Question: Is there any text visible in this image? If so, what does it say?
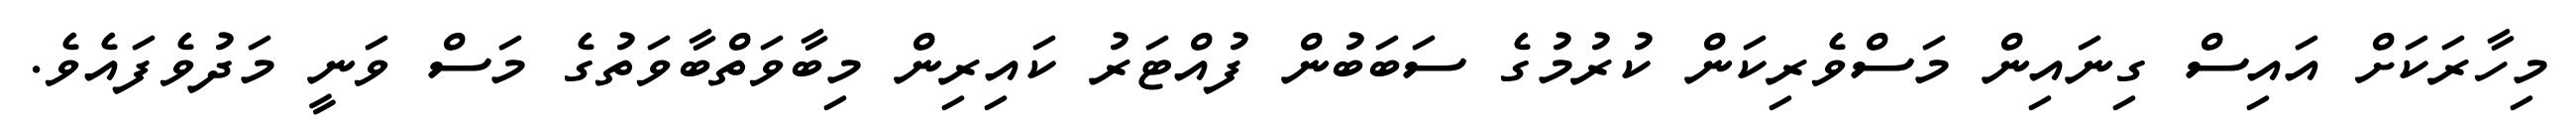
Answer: މިހާރަކަށް އައިސް ގިނައިން މަސްވެރިކަން ކުރުމުގެ ސަބަބުން ފުއްޓަރު ކައިރިން މިބާވަތްބާވަތުގެ މަސް ވަނީ މަދުވެފައެވެ.